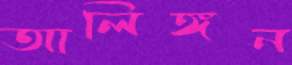
আলিঙ্গন